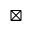
\boxtimes